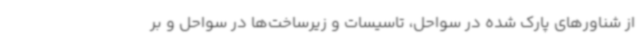
از شناورهای پارک شده در سواحل، تاسیسات و زیرساخت‌ها در سواحل و بر